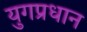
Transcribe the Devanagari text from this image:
युगप्रधान